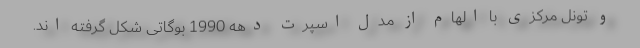
و تونل مرکزی با الهام از مدل اسپرت دهه 1990 بوگاتی شکل گرفته اند.